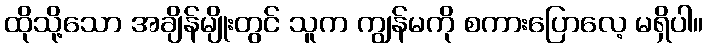
ထိုသို့သော အချိန်မျိုးတွင် သူက ကျွန်မကို စကားပြောလေ့ မရှိပါ။